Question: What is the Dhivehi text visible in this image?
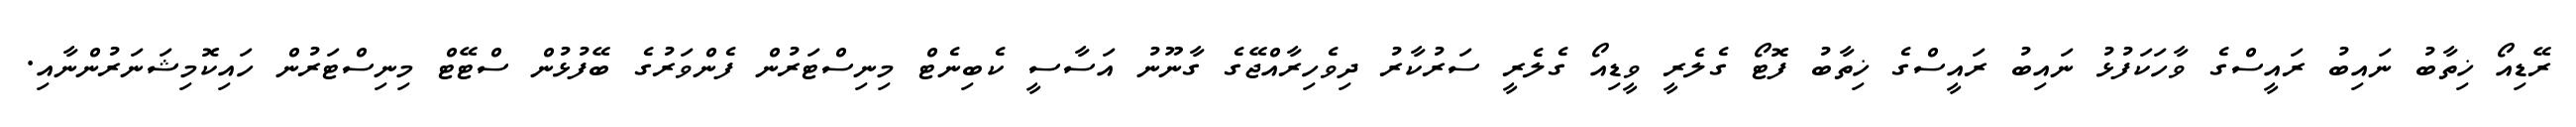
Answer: ރޭޑިއޯ ޚިތާބު ނައިބު ރައީސްގެ ވާހަކަފުޅު ނައިބު ރައީސްގެ ޚިތާބު ފޮޓޯ ގެލެރީ ވީޑިއޯ ގެލެރީ ސަރުކާރު ދިވެހިރާއްޖޭގެ ގާނޫނު އަސާސީ ކެބިނެޓް މިނިސްޓަރުން ފެންވަރުގެ ބޭފުޅުން ސްޓޭޓް މިނިސްޓަރުން ހައިކޮމިޝަނަރުންނާއި.